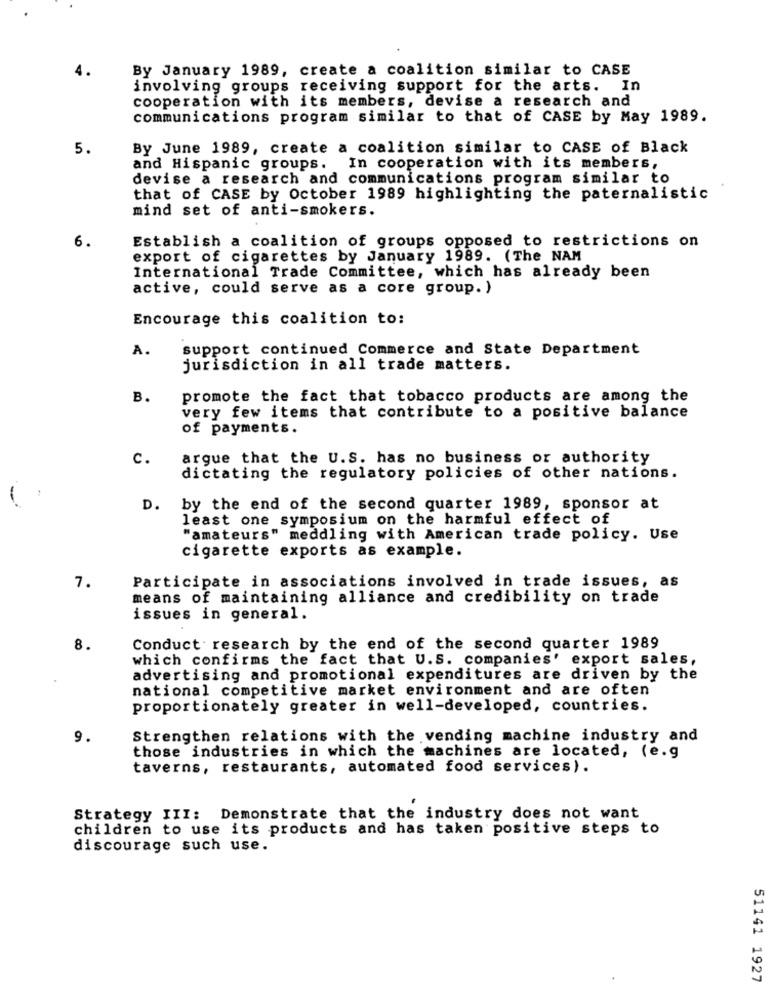
By January 1989, create a coalition similar to CASE
involving groups receiving support for the arts. In
cooperation with its members, devise a research and
communications program similar to that of CASE by May 1989.
5.
By June 1989, create a coalition similar to CASE of Black
and Hispanic groups. In cooperation with its members,
devise a research and communications program similar to
that of CASE by October 1989 highlighting the paternalistic
mind set of anti-smokers.
6.
Establish a coalition of groups opposed to restrictions on
export of cigarettes by January 1989. (The NAM
International Trade Committee, which has already been
active, could serve as a core group. )
Encourage this coalition to:
A.
support continued Commerce and State Department
jurisdiction in all trade matters.
B.
promote the fact that tobacco products are among the
very few items that contribute to a positive balance
of payments.
c.
argue that the U.S. has no business or authority
dictating the regulatory policies of other nations.
D. by the end of the second quarter 1989, sponsor at
least one symposium on the harmful effect of
"amateurs" meddling with American trade policy. Use
cigarette exports as example.
7.
Participate in associations involved in trade issues, as
means of maintaining alliance and credibility on trade
issues in general.
8.
Conduct research by the end of the second quarter 1989
which confirms the fact that U.S. companies' export sales,
advertising and promotional expenditures are driven by the
national competitive market environment and are often
proportionately greater in well-developed, countries.
9.
Strengthen relations with the vending machine industry and
those industries in which the machines are located, (e.g
taverns, restaurants, automated food services).
Strategy III: Demonstrate that the industry does not want
children to use its products and has taken positive steps to
discourage such use.
51141 1927